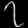
Digit: ၇